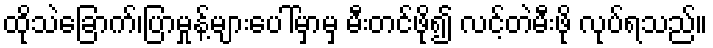
ထိုသဲခြောက်၊ပြာမှုန့်များပေါ်မှာမှ မီးတင်ဖို၍ လင့်တဲမီးဖို လုပ်ရသည်။